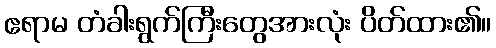
ဧရာမ တံခါးရွက်ကြီးတွေအားလုံး ပိတ်ထား၏။